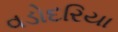
વડોદરિયા